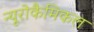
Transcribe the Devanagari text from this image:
न्यूरोकैमिकल